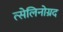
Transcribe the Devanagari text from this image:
त्सेलिनोग्रद